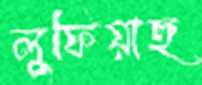
লুফিয়াছ